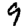
Digit: 9